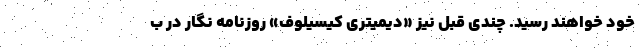
خود خواهند رسید. چندی قبل نیز «دیمیتری کیسیلوف» روزنامه نگار در ب